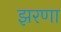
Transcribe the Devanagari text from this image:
झरणा